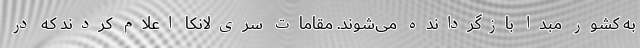
به کشور مبدا بازگردانده می‌شوند. مقامات سری‌لانکا اعلام کردند که در